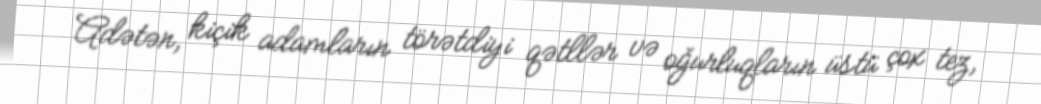
Adətən, kiçik adamların törətdiyi qətllər və oğurluqların üstü çox tez,